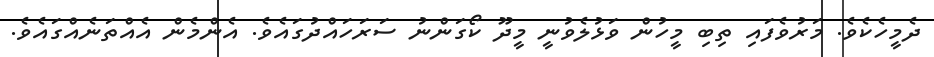
ދެމީހެކެވެ. މަރުވެފައި ތިބި މީހުން ވަޅުލެވުނީ މީދޫ ކޯގަންނު ސަރަހައްދުގައެވެ. އެންމެން އެއްތަނެއްގައެވެ.